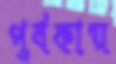
পূর্বকায়